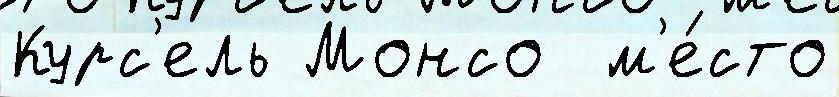
Курс'ель Монсо  м'е́сто